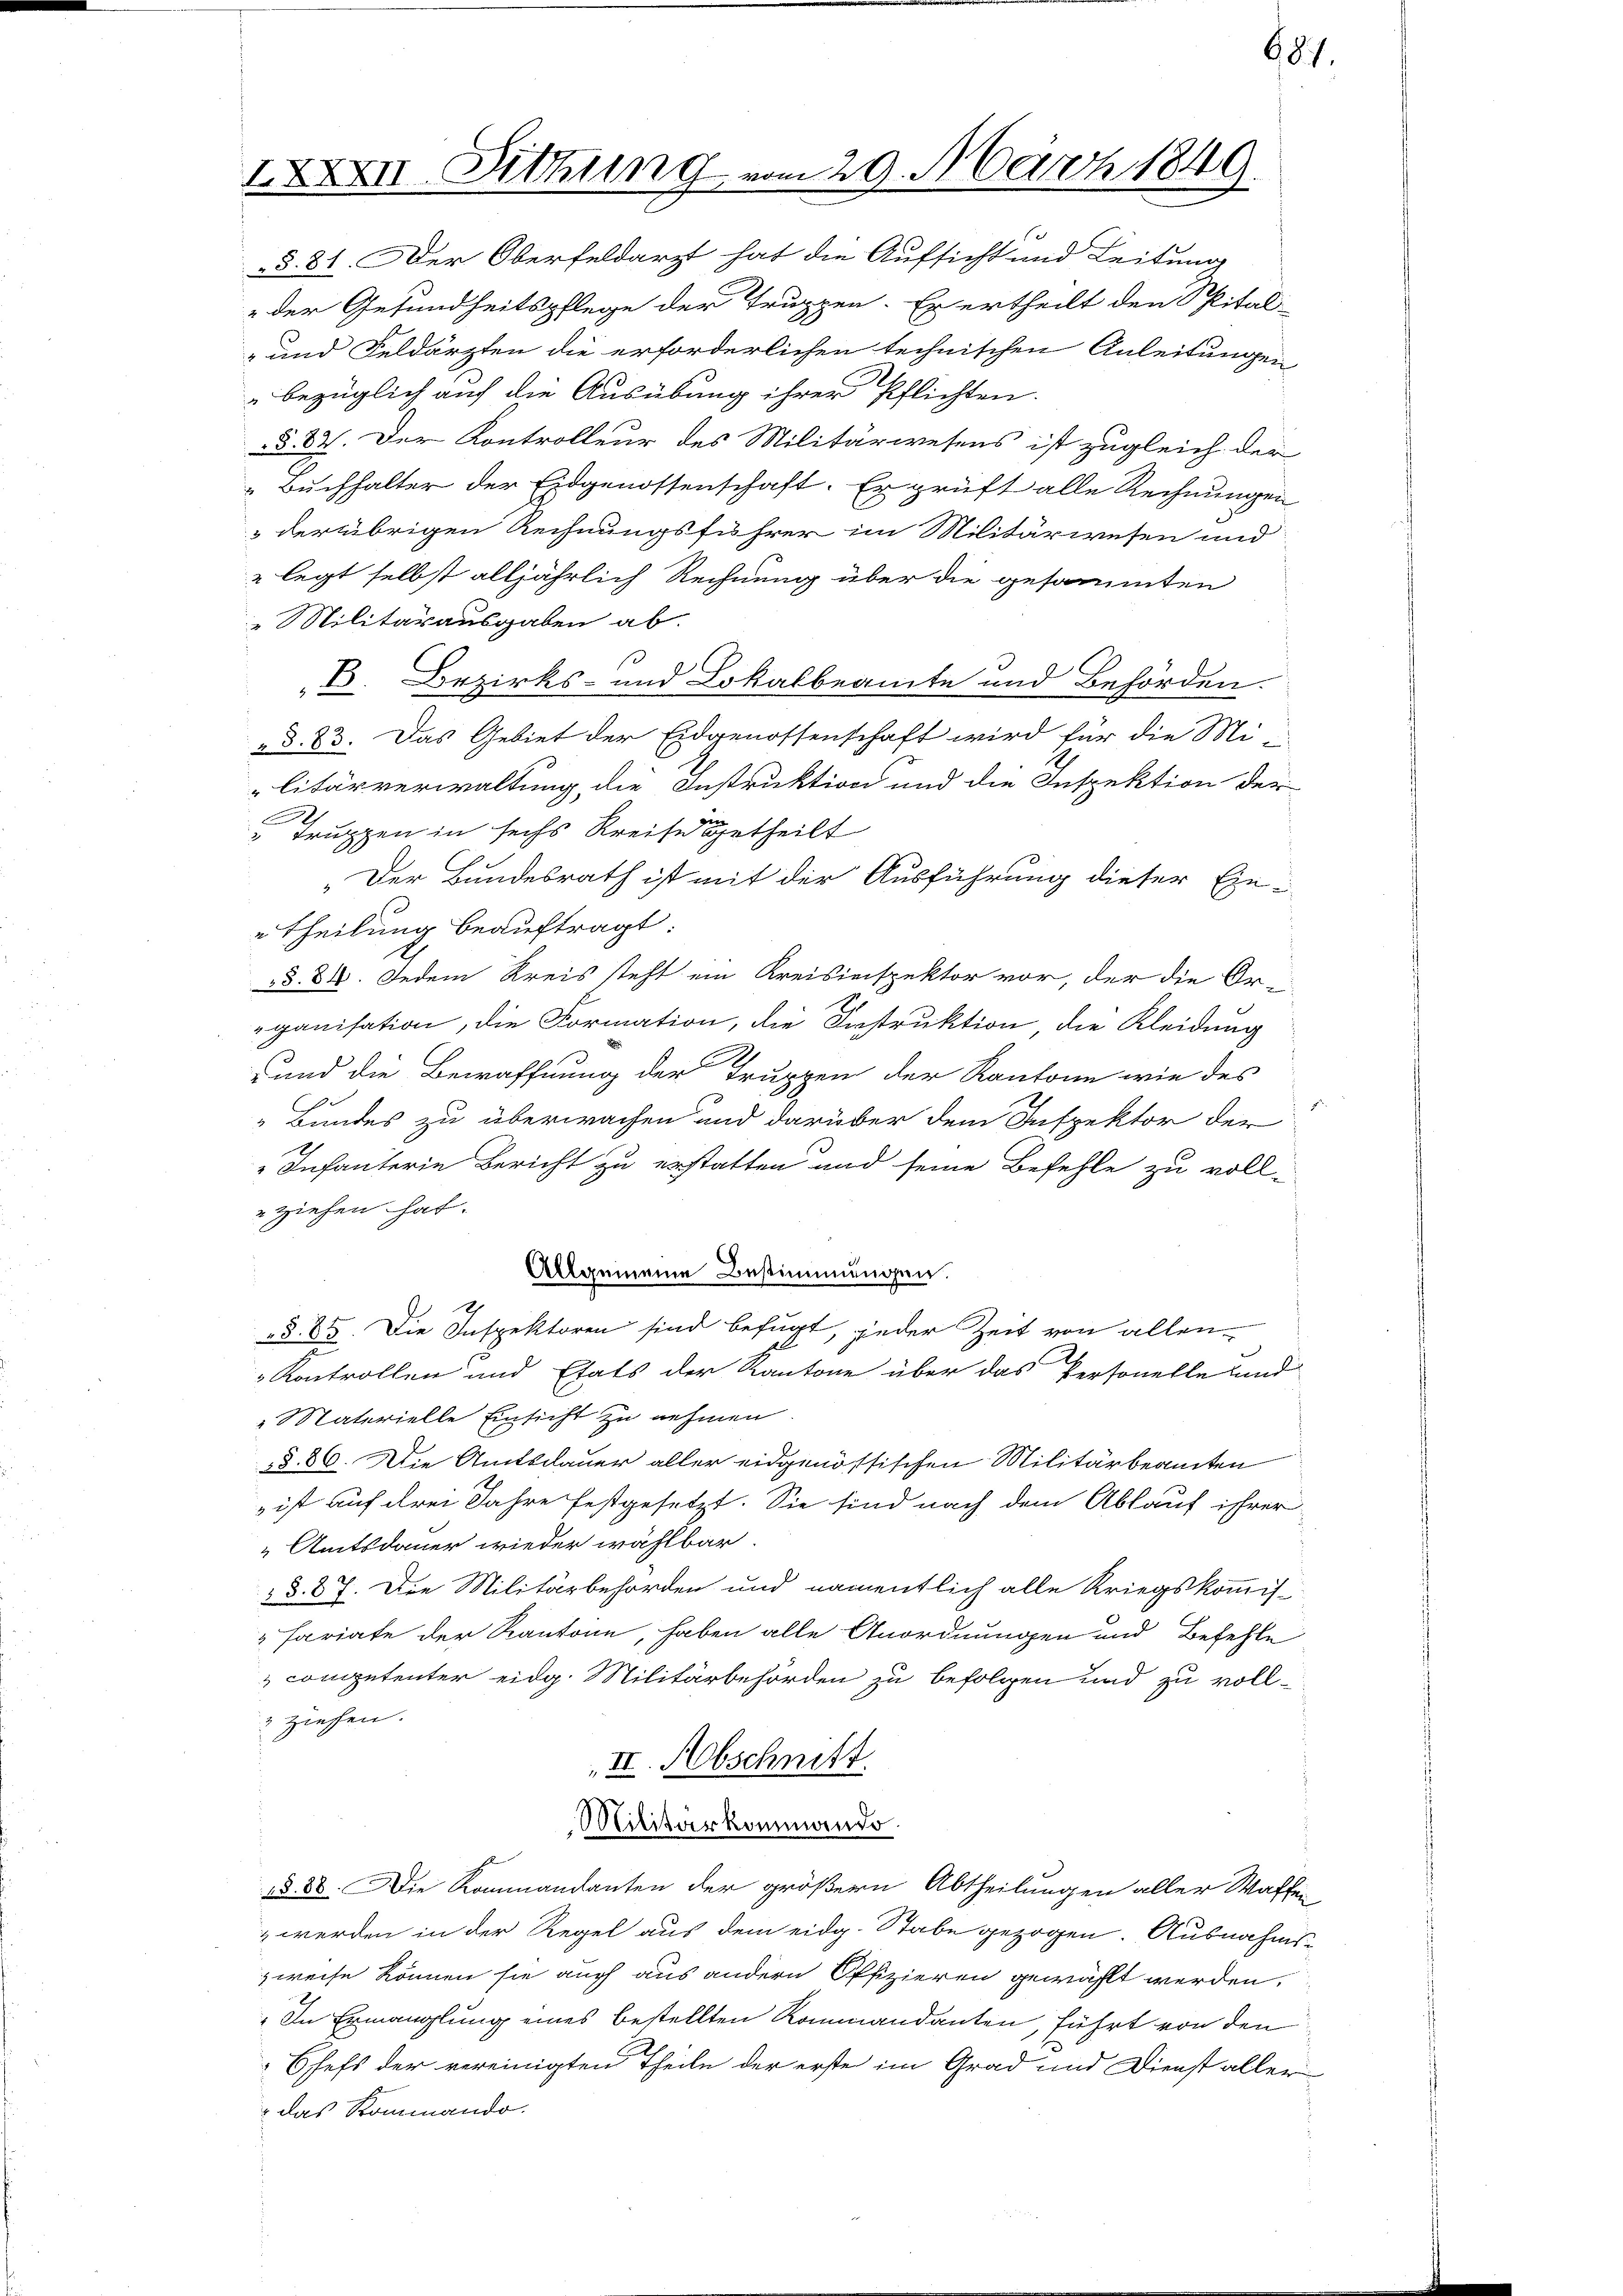
XXXVII. Richtung vom 29. März 1849

§. 81. Der Oberfeldarzt hat die Aufsicht und Leitung
 der Gesundheitspflege der Truppen. Es ertheilt den Spital-
-und Feldärzten die erforderlichen technischen Anleitungen
bezüglich auf die Ausübung ihrer Pflichten.
§. 82. Der Kontrolleur des Militärwesens ist zugleich der
Buchhalter der Eidgenossenschaft. Er prüft alle Rechnungen
 der übrigen Rechnungsführer im Militärwesen und
" legt selbst alljährlich Rechnung über die gesammten
 Militärausgaben ab.
B. Bezirks- und Lokalbeamte und Behörden.
„§. 83. Das Gebiet der Eidgenossenschaft wird für die Mi
litärverwaltung die Instruktion und die Inspektion der
Truppen in sechs Kreise getheilt
„Der Bundesrath ist mit der Ausführung dieser Einetheilung beauftragt:
§§ 84. Jedem Kreis steht ein Kreisinspektor vor, der die Organisation, die Formation, die Instruktion, die Kleidung
und die Bewaffnung der Truppen der Kantone wie des
„Bundes zu überwachen und darüber dem Inspektor der
Infanterie Bericht zu erstatten und seine Befehle zu voll-
ziehen hat.
Allgemeine Bestimmungen.
§ 85. Die Inspektoren sind befugt, jeder Zeit von allen
Kontrollen und Etats der Kantone über das Personelle und
 Materielle Einsicht zu nehmen
§§ 86. Die Amtsdauer aller eidgenössischen Militärbeamten
 ist auf drei Jahre festgesetzt. Sie sind nach dem Ablauf ihrer
Amtsdauer wieder wählbar.
§§ 87. Die Militärbehörden und namentlich alle Kriegskommis-
"Fariate der Kantone, haben alle Anordnungen und Befehle
competenter eidg. Militärbehörden zu befolgen und zu voll¬
 ziehen.
II. Abschnitt.
Militärkommando
d 28. Die Kommandanten der größern Abtheilungen aller Waffen
 werden in der Regel aus dem eidg. Stabe gezogen. Ausnahms-
zweise können sie auch aus andern Offizieren gewählt werden.
„In Ermanglung eines bestellten Rommandanten, führt von den
Schefs der vereinigten Theile der erste im Grad und Dienst aller
 das Kommando.

687.